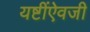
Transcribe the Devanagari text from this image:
यष्टींऐवजी